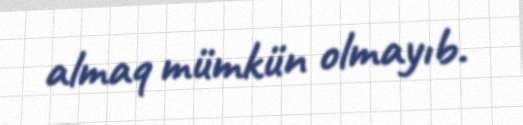
almaq mümkün olmayıb.